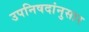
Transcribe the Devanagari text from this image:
उपनिषदांनुसार